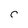
Character: C